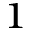
_ 1